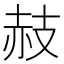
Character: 𧹛